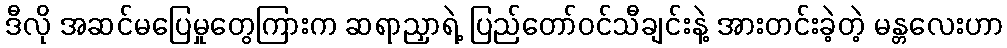
ဒီလို အဆင်မပြေမှုတွေကြားက ဆရာညှာရဲ့ ပြည်တော်ဝင်သီချင်းနဲ့ အားတင်းခဲ့တဲ့ မန္တလေးဟာ